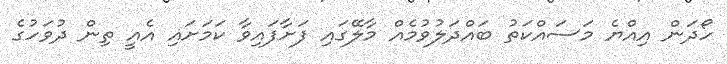
ހޯދަން އިއްޔެ މަސައްކަތު ބައްދަލުވުމެއް މާލޭގައި ފަށާފައިވާ ކަމަށައި އެއީ ތިން ދުވަހުގެ